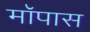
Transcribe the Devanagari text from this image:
मॉपास